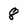
Character: 8